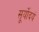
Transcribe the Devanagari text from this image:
सूर्योदयं